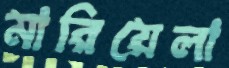
মারিয়েলা